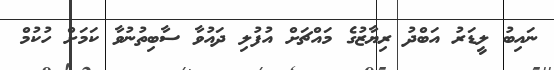
ނައިބު ލީޑަރު އަބްދު ރިޔާޒުގެ މައްޗަށް އުފުލި ދައުވާ ސާބިތުނުވާ ކަމަށް ހުކުމް